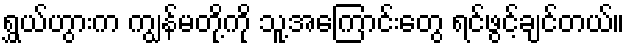
ရွှယ်ဟွားက ကျွန်မတို့ကို သူ့အကြောင်းတွေ ရင်ဖွင့်ချင်တယ်။